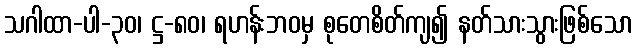
သဂါထာ-ပါ-၃၀၊ ဋ္ဌ-၈၀၊ ရဟန်းဘဝမှ စုတေစိတ်ကျ၍ နတ်သားသွားဖြစ်သော